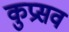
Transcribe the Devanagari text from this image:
कुप्रसव